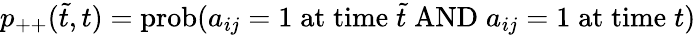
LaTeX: p_{++}(\tilde{t},t)=\mathrm{prob}(a_{ij}=1\; \mathrm{at}\; \mathrm{time}\; \tilde{t}\; \mathrm{AND}\; a_{ij}=1\; \mathrm{at}\; \mathrm{time}\; t)